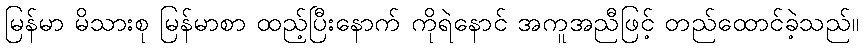
မြန်မာ မိသားစု မြန်မာစာ ထည့်ပြီးနောက် ကိုရဲနောင် အကူအညီဖြင့် တည်ထောင်ခဲ့သည်။